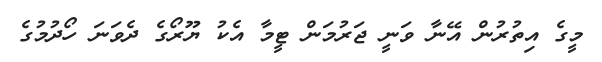
މީގެ އިތުރުން އޭނާ ވަނީ ޖަރުމަން ޓީމާ އެކު ޔޫރޯގެ ދެވަނަ ހޯދުމުގެ